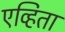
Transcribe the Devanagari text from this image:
एव्हिता